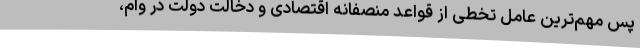
پس مهم‌ترین عامل تخطی از قواعد منصفانه اقتصادی و دخالت دولت در وام،